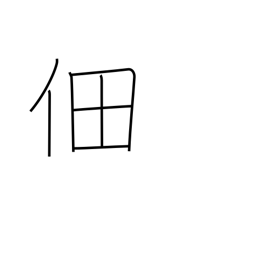
Meaning: cultivated rice field